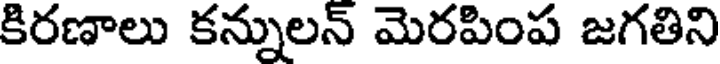
కిరణాలు కన్నులన్ మెరపింప జగతిని